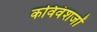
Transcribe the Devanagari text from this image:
कविवंशजों